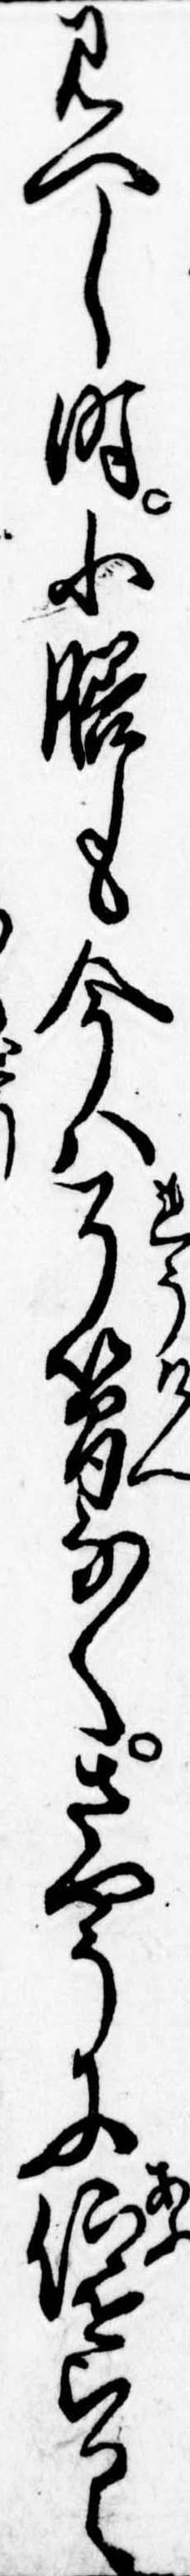
見へし時小膳も今は了簡なくさやうに仰せらるゝ